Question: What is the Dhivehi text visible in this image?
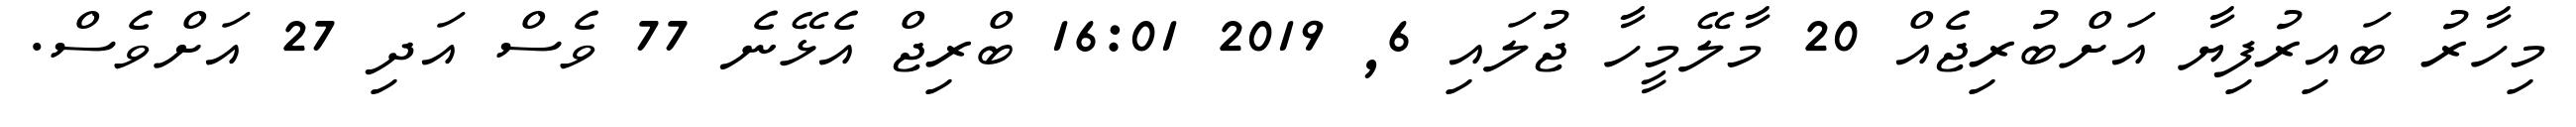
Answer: މިހާރު ބައިރުފިޔާ އަށްބުރިޖެއް 20 މާލޭމީހާ ޖުލައި 6, 2019 16:01 ބްރިޖް އެޅޭނެ 77 ވެސް އަދި 27 އަށްވެސް.